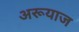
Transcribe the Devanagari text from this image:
अरूयाज